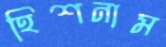
হিশনাম